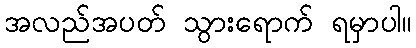
အလည်အပတ် သွားရောက် ရမှာပါ။